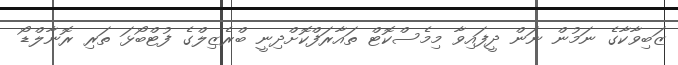
ޒަބިވާކާގެ ނަމުން ނަން ދީފައިވާ މިމެސްކޮޓް ތައާރަފްކޮށްދިނީ ބްރެޒިލްގެ ފުޓްބޯޅަ ތަރި ރޮނާލްޑޯ